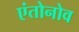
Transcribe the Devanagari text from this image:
एंतोनोव